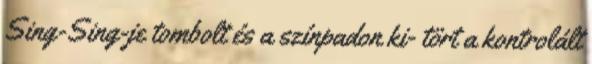
Sing-Sing-je tombolt és a színpadon ki- tört a kontrolált